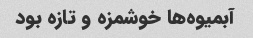
آبمیوه‌ها خوشمزه و تازه بود